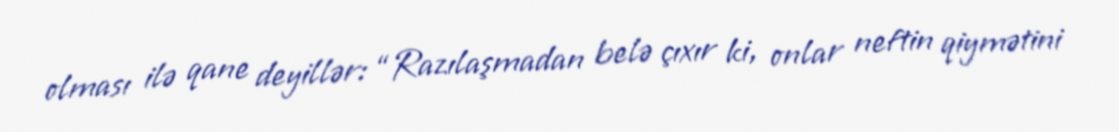
olması ilə qane deyillər: “Razılaşmadan belə çıxır ki, onlar neftin qiymətini